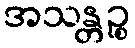
အသန္တဉ္စ